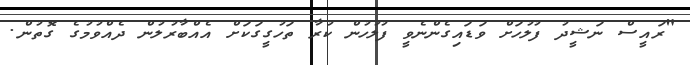
"ރައީސް ނަޝީދު ފުލުހަށް ވަޑައިގެންނެވީ ފުލުހުން ކުރާ ތަހުގީގަކަށް އެއްބާރުލުން ދެއްވުމުގެ ގޮތުން.